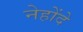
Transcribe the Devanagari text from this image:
नेहोंदे